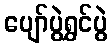
ပျော်ပွဲရွှင်ပွဲ